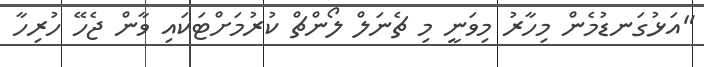
"އަޅުގަނޑުމެން މިހާރު މިވަނީ މި ޗެނަލް ލޯންޗް ކުރުމަށްޓަކައި ވާން ޖެހޭ ހުރިހާ